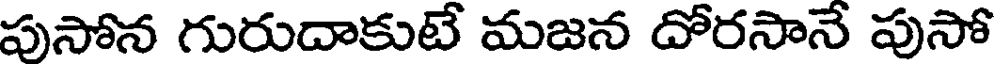
పుసోన గురుదాకుటే మజన దోరసానే పుసో